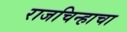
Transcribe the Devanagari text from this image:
राजचिन्हाचा